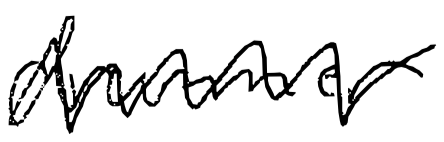
Text: drummer
Cross-out: mix
Writing tool: digital_black